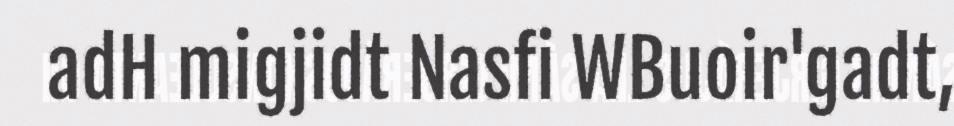
adH migjidt Nasfi WBuoir'gadt,